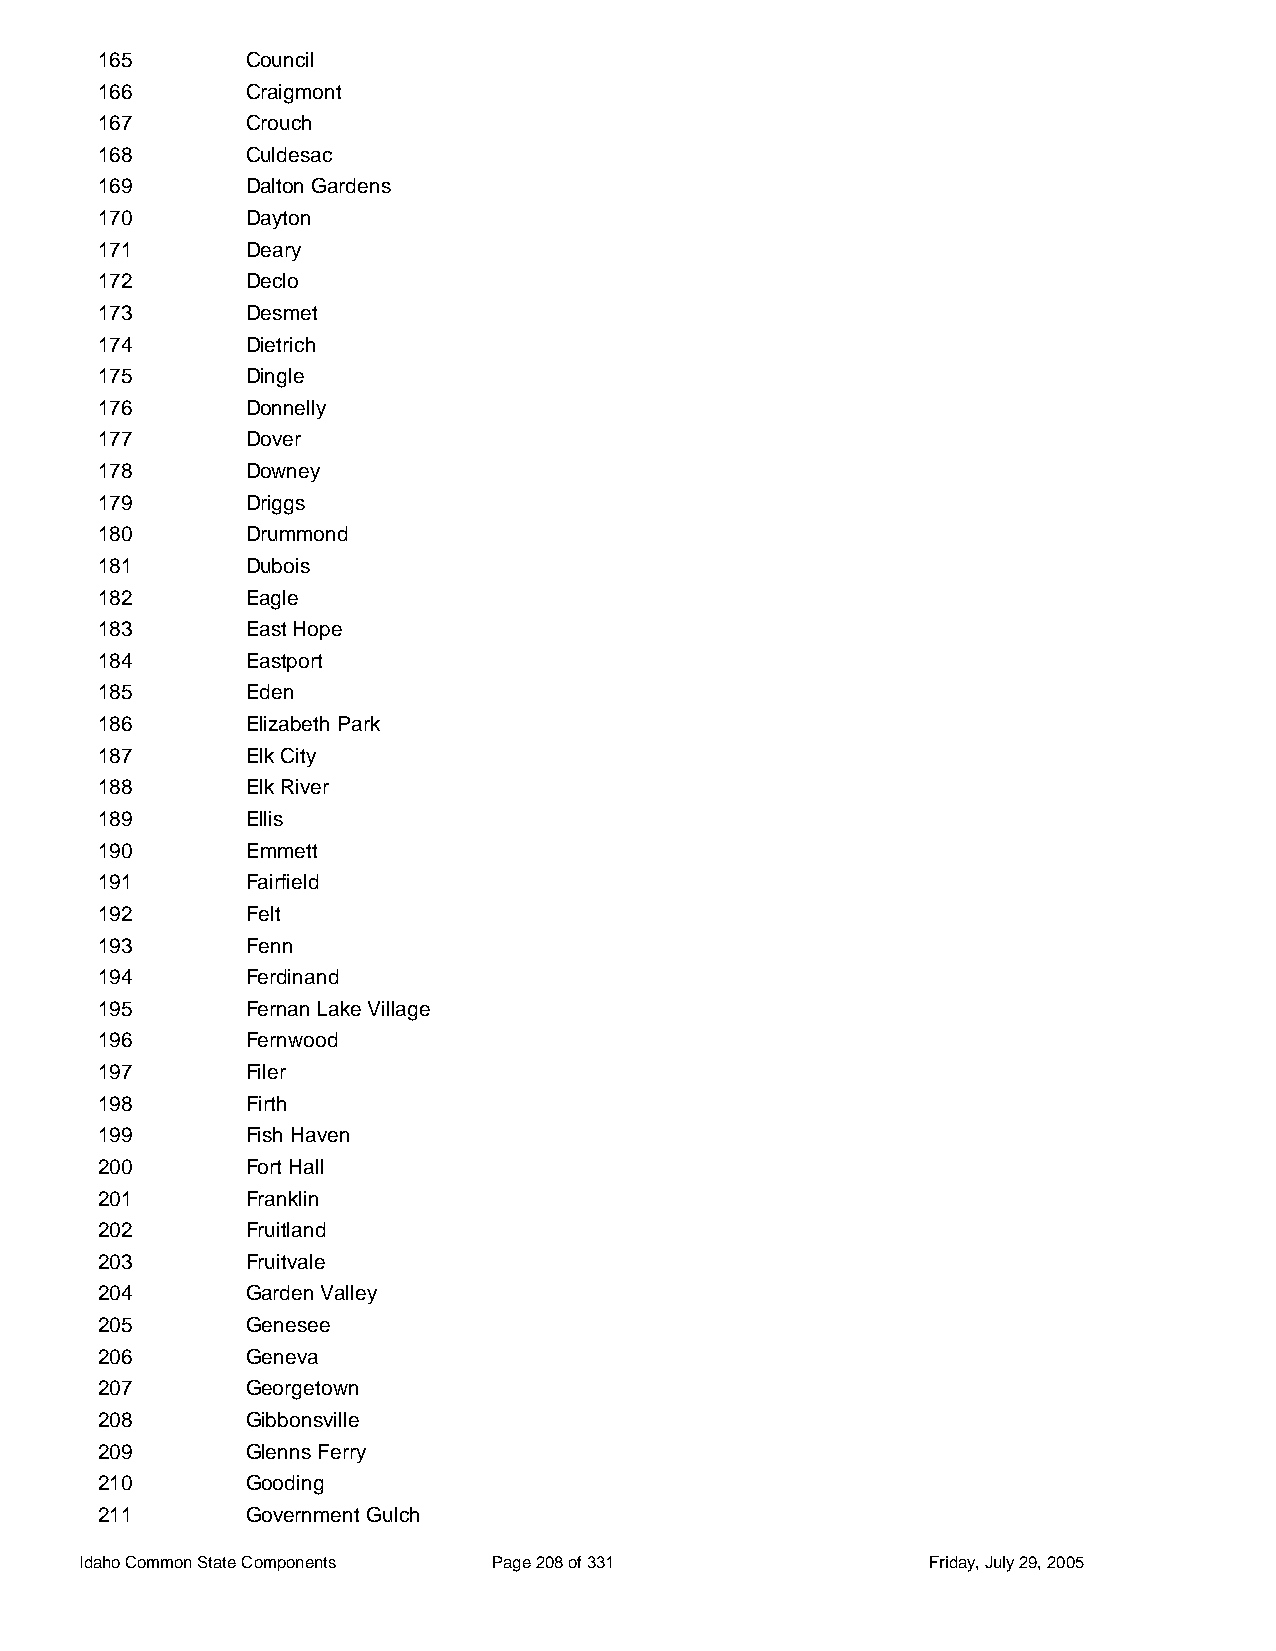
165       Council
 166       Craigmont
 167       Crouch
 168       Culdesac
 169       Dalton Gardens
 170       Dayton
 171       Deary
 172       Declo
 173       Desmet
 174       Dietrich
 175       Dingle
 176       Donnelly
 177       Dover
 178       Downey
 179       Driggs
 180       Drummond
 181       Dubois
 182       Eagle
 183       East Hope
 184       Eastport
 185       Eden
 186       Elizabeth Park
 187       Elk City
 188       Elk River
 189       Ellis
 190       Emmett
 191       Fairfield
 192       Felt
 193       Fenn
 194       Ferdinand
 195       Fernan Lake Village
 196       Fernwood
 197       Filer
 198       Firth
 199       Fish Haven
 200       Fort Hall
 201       Franklin
 202       Fruitland
 203       Fruitvale
 204       Garden Valley
 205       Genesee
 206       Geneva
 207       Georgetown
 208       Gibbonsville
 209       Glenns Ferry
 210       Gooding
 211       Government Gulch
 Idaho Common State Components Page 208 of 331           Friday, July 29, 2005